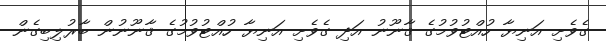
ގެވެށި އަނިޔާ ހުއްޓުވުމުގެ ޤާނޫނު އަދި ގެވެށި އަނިޔާ ހުއްޓުވުމުގެ ޤާނޫނުން ބާރުލިބިގެން